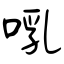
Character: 啂